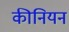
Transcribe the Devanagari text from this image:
कीनियन